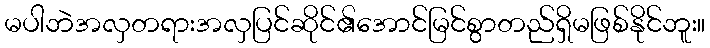
မပါဘဲအလှတရားအလှပြင်ဆိုင်၏အောင်မြင်စွာတည်ရှိမဖြစ်နိုင်ဘူး။